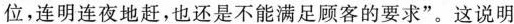
位，连明连夜地赶，也还是不能满足顾客的要求”。这说明